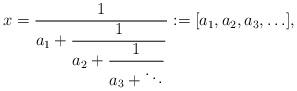
LaTeX: \begin{align*}x = \displaystyle \frac{1}{a_1+\displaystyle \frac{1}{a_2+\displaystyle \frac{1}{a_3+ \ddots}}} :=[a_1, a_2, a_3, \ldots], \end{align*}